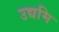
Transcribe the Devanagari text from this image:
उद्यमि